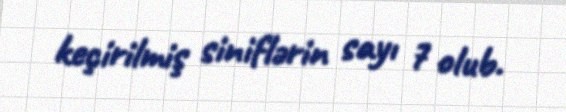
keçirilmiş siniflərin sayı 7 olub.